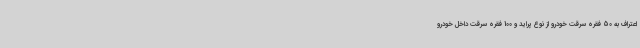
اعتراف به 50 فقره سرقت خودرو از نوع پراید و 100 فقره سرقت داخل خودرو